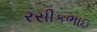
રસીકભાઇ